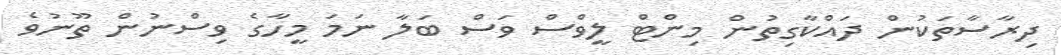
ދިރާސާތަކުން ދައްކާގިތުން މިންޓް ލީވްސް ވަސް ބަލާ ނަމަ މީހާގެ ވިސްނުން ތޫނުވެ